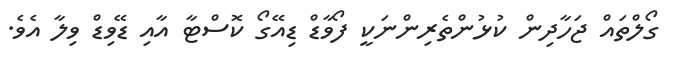
ގޯލްތައް ޖަހާދިން ކުޅުންތެރިންނަކީ ފޯވާޑް ޑިއޭގޯ ކޮސްޓާ އާއި ޑޭވިޑް ވިލާ އެވެ.